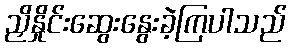
ညှိနှိုင်းဆွေးနွေးခဲ့ကြပါသည်